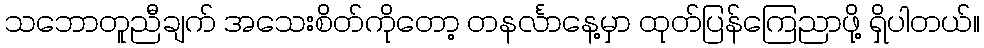
သဘောတူညီချက် အသေးစိတ်ကိုတော့ တနင်္လာနေ့မှာ ထုတ်ပြန်ကြေညာဖို့ ရှိပါတယ်။